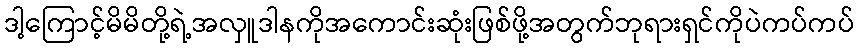
ဒါ့ကြောင့်မိမိတို့ရဲ့အလှူဒါနကိုအကောင်းဆုံးဖြစ်ဖို့အတွက်ဘုရားရှင်ကိုပဲကပ်ကပ်